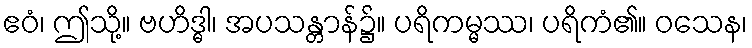
ဧဝံ၊ ဤသို့။ ဗဟိဒ္ဓါ၊ အပသန္တာန်၌။ ပရိကမ္မဿ၊ ပရိကံ၏။ ဝသေန၊